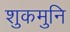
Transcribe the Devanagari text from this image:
शुकमुनि